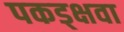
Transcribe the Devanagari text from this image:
पकड्क्षवा